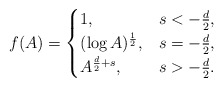
\begin{align*}f(A) = \begin{cases}1, & s < -\frac d 2, \\(\log A)^\frac 12, & s = -\frac d 2, \\A^{\frac{d}{2} +s}, & s > -\frac d 2.\end{cases}\end{align*}